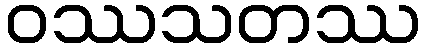
ဝဿသတဿ